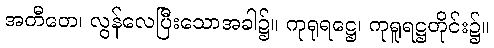
အတီတေ၊ လွန်လေပြီးသောအခါ၌။ ကုရုရဋ္ဌေ၊ ကုရူရဋ္ဌတိုင်း၌။